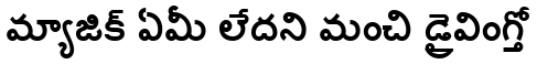
మ్యాజిక్ ఏమీ లేదని మంచి డ్రైవింగ్తో